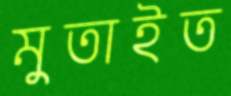
মুতাইত